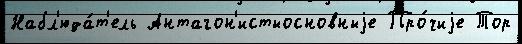
Набл'юда́т'ель Антагон'истыосновныjе Про́чиjе Тор